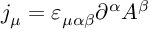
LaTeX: j _ { \mu } = \varepsilon _ { \mu \alpha \beta } \partial ^ { \alpha } A ^ { \beta }